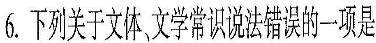
6.系列关于文体、文学常识说法错误的一项是